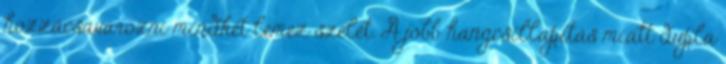
hozzácsavarozni mindkét lemez szélét. A jobb hangcsillapítás miatt dupla